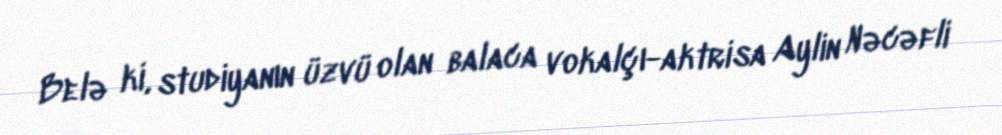
Belə ki, studiyanın üzvü olan balaca vokalçı-aktrisa Aylin Nəcəfli